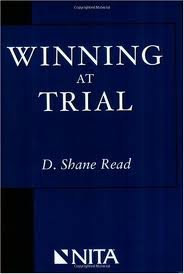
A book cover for Winning at Trial (Winner of ACLEA's Highest Award for Professional Excellence) 1st (first) edition; D. Shane Read; Law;